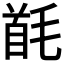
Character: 𩠔